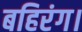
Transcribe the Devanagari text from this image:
बहिरंग।